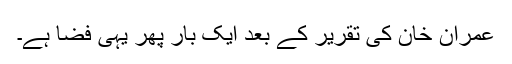
عمران خان کی تقریر کے بعد ایک بار پھر یہی فضا ہے۔